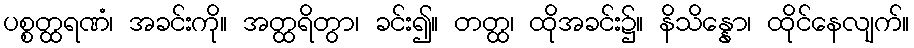
ပစ္စတ္ထရဏံ၊ အခင်းကို။ အတ္ထရိတွာ၊ ခင်း၍။ တတ္ထ၊ ထိုအခင်း၌။ နိသိန္နော၊ ထိုင်နေလျက်။